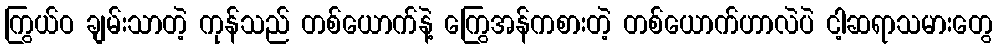
ကြွယ်ဝ ချမ်းသာတဲ့ ကုန်သည် တစ်ယောက်နဲ့ ကြွေအန်ကစားတဲ့ တစ်ယောက်ဟာလဲပဲ ငါ့ဆရာသမားတွေ